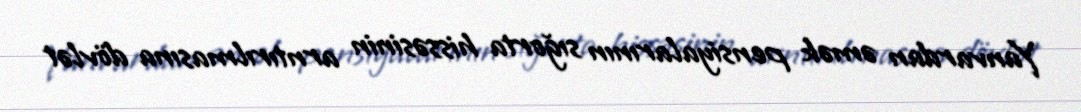
Yanvardan əmək pensiyalarının sığorta hissəsinin arntırılmasına dövlət